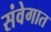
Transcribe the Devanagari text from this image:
संवेगात